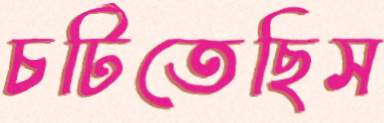
চটিতেছিস